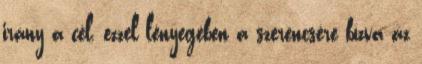
irány a cél, ezzel lényegében a szerencsére bízva az